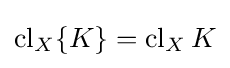
\operatorname {cl} _{X}\{K\}=\operatorname {cl} _{X}K